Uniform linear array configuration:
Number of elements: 24
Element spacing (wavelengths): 0.75
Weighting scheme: blackman
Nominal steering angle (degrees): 15
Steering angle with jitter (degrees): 15.297
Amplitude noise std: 0.05
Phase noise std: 0.05

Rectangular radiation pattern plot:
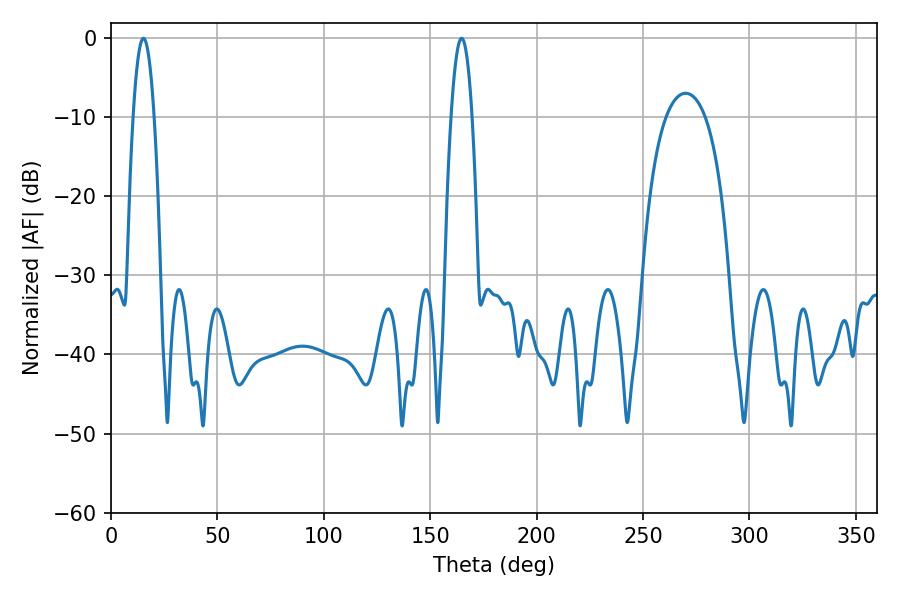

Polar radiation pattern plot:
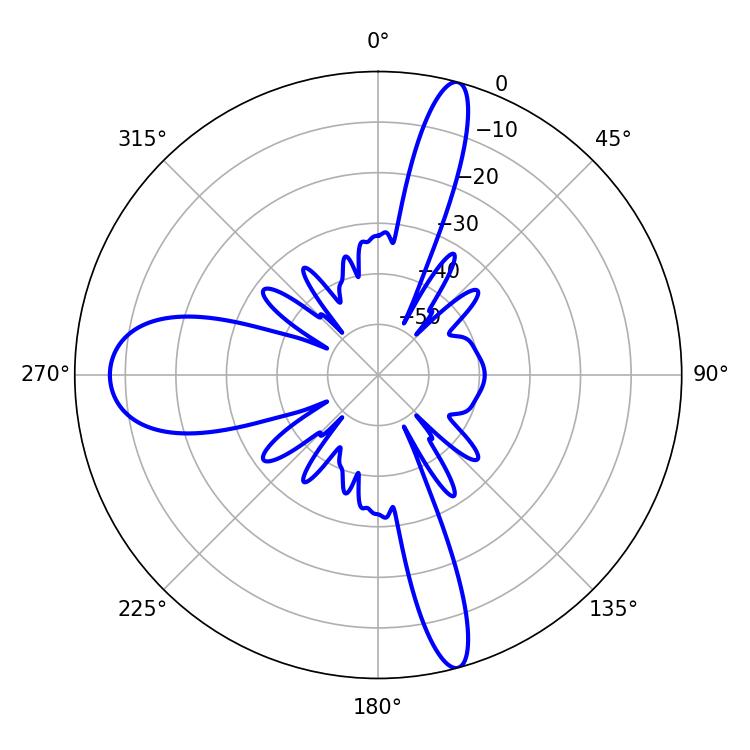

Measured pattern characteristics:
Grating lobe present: TRUE
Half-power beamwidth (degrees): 5.4
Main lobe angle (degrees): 15.3